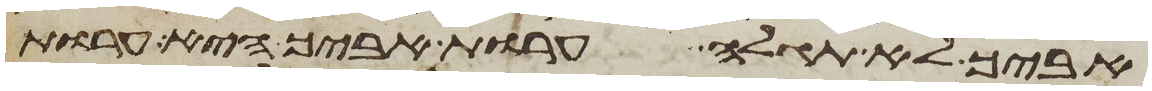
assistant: אביך לא תגלה ערות אביך היא ערות